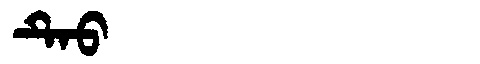
Manchu: ᡨᡝᠣ
Romanization: TEO